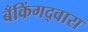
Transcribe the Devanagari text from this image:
बँकिंगद्वारा